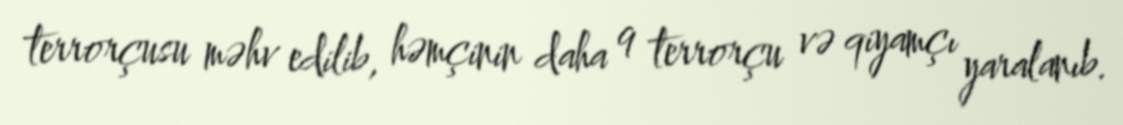
terrorçusu məhv edilib, həmçinin daha 9 terrorçu və qiyamçı yaralanıb.